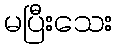
မပြီးသေး